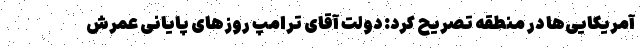
آمریکایی‌ها در منطقه تصریح کرد: دولت آقای ترامپ روزهای پایانی عمرش